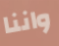
واننا